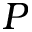
P